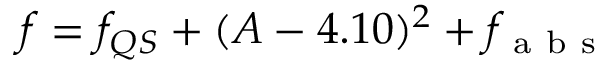
f = f _ { Q S } + ( A - 4 . 1 0 ) ^ { 2 } + f _ { \mathrm { ~ a ~ b ~ s ~ } }